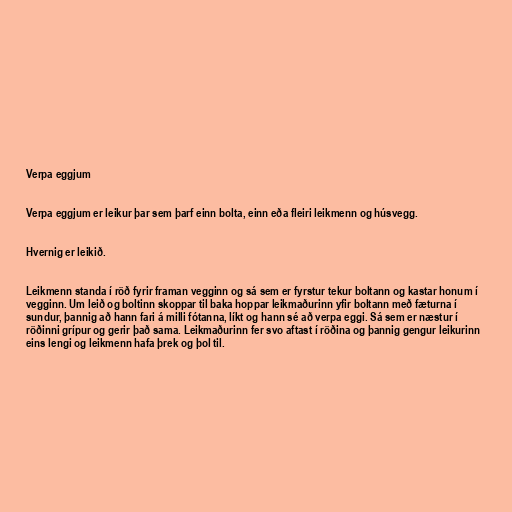
Verpa eggjum

Verpa eggjum er leikur þar sem þarf einn bolta, einn eða fleiri leikmenn og húsvegg.

Hvernig er leikið.

Leikmenn standa í röð fyrir framan vegginn og sá sem er fyrstur tekur boltann og kastar honum í
vegginn. Um leið og boltinn skoppar til baka hoppar leikmaðurinn yfir boltann með fæturna í
sundur, þannig að hann fari á milli fótanna, líkt og hann sé að verpa eggi. Sá sem er næstur í
röðinni grípur og gerir það sama. Leikmaðurinn fer svo aftast í röðina og þannig gengur leikurinn
eins lengi og leikmenn hafa þrek og þol til.